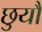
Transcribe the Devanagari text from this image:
छुयौ